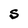
Character: S